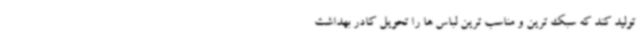
تولید کند که سبک ‌ترین و مناسب ترین لباس‌ ها را تحویل کادر بهداشت